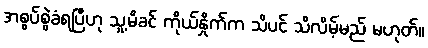
အစွပ်စွဲခံရပြီဟု သူ့မိခင် ကိုယ်နှိုက်က သိပင် သိလိမ့်မည် မဟုတ်။